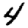
Digit: 4